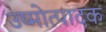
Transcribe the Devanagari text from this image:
उष्मोत्पादक